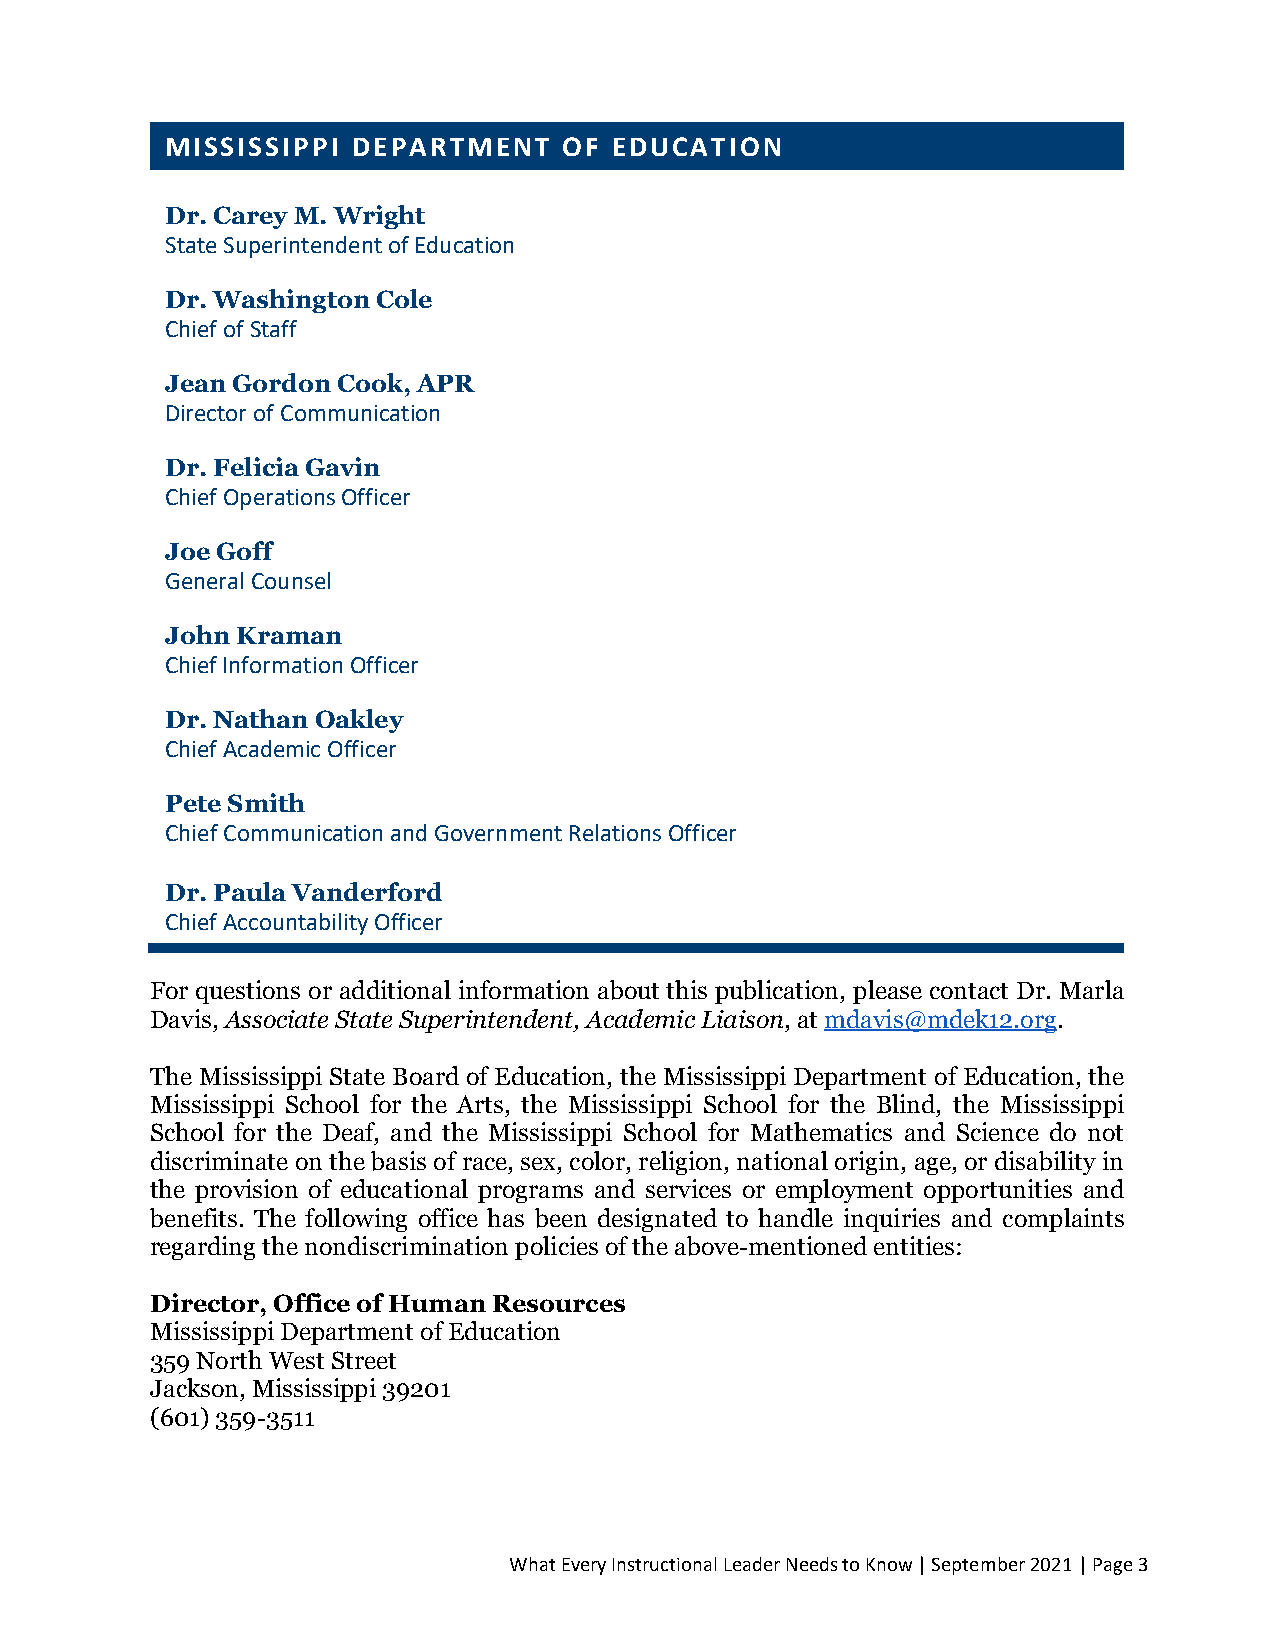
MISSISSIPPI DEPARTMENT    OF EDUCATION
 Dr. Carey M. Wright
 State Superintendent of Education
 Dr. Washington Cole
 Chief of Staff
 Jean Gordon Cook, APR
 Director of Communication
 Dr. Felicia Gavin
 Chief Operations Officer
 Joe Goff
 General Counsel
 John Kraman
 Chief Information Officer
 Dr. Nathan Oakley
 Chief Academic Officer
 Pete Smith
 Chief Communication and Government Relations Officer
 Dr. Paula Vanderford
 Chief Accountability Officer
 For questions or additional information about this publication, please contact Dr. Marla
 Davis, Associate State Superintendent, Academic Liaison, at mdavis@mdek12.org.
 The Mississippi State Board of Education, the Mississippi Department of Education, the
 Mississippi School for the Arts, the Mississippi School for the Blind, the Mississippi
 School for the Deaf, and the Mississippi School for Mathematics and Science do not
 discriminate on the basis of race, sex, color, religion, national origin, age, or disability in
 the provision of educational programs and services or employment opportunities and
 benefits. The following office has been designated to handle inquiries and complaints
 regarding the nondiscrimination policies of the above-mentioned entities:
 Director, Office of Human Resources
 Mississippi Department of Education
 359 North West Street
 Jackson, Mississippi 39201
 (601) 359-3511
 What Every Instructional Leader Needs to Know | September 2021 | Page 3